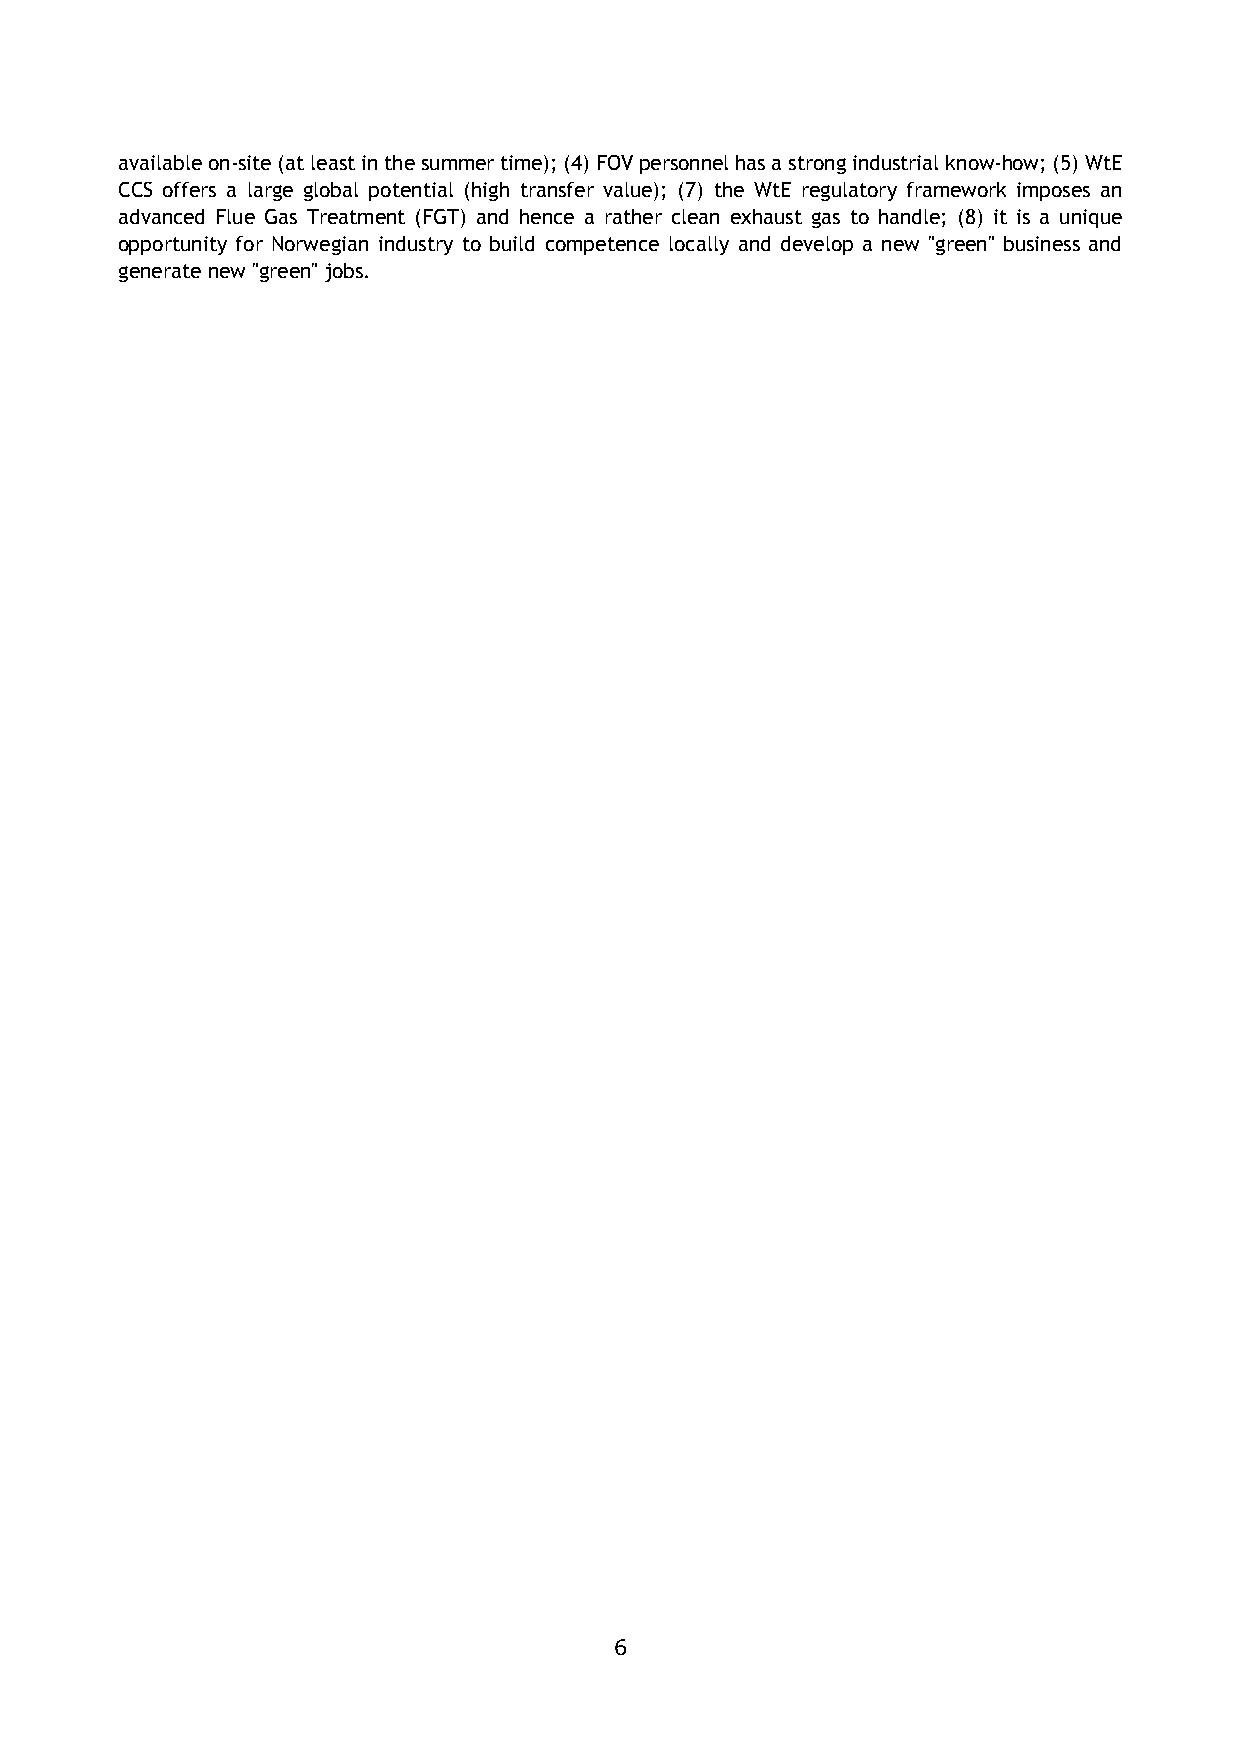
available on-site (at least in the summer time); (4) FOV personnel has a strong industrial know-how; (5) WtE
 CCS offers a large global potential (high transfer value); (7) the WtE regulatory framework imposes an
 advanced Flue Gas Treatment (FGT) and hence a rather clean exhaust gas to handle; (8) it is a unique
 opportunity for Norwegian industry to build competence locally and develop a new "green" business and
 generate new "green" jobs.
 6